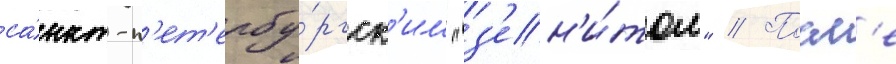
са́нкт-п'ет'ербу́ргск'им "з'ен'и́том" // Посл'е